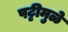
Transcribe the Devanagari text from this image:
पट्टीमुळे